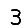
Digit: 3